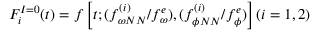
F _ { i } ^ { I = 0 } ( t ) = f \left[ t ; ( { f _ { \omega N N } ^ { ( i ) } } / { f _ { \omega } ^ { e } } ) , ( { f _ { \phi N N } ^ { ( i ) } } / { f _ { \phi } ^ { e } } ) \right] ( i = 1 , 2 )